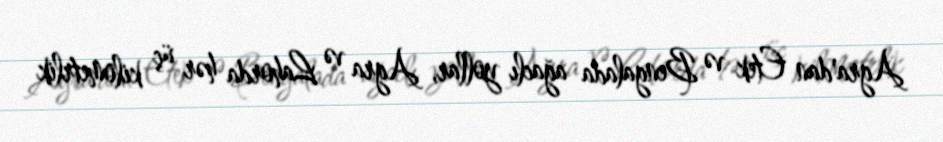
Agra'dan Etek və Bengalada ağaclı yollar, Agra və Lahorda hər üç kilometrlik